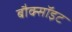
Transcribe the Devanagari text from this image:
बौक्सॉइट